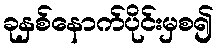
ခုနှစ်နောက်ပိုင်းမှစ၍